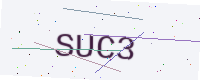
Text: SUC3